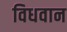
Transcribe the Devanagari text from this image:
विधवान